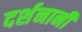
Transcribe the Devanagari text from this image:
दर्शनानी